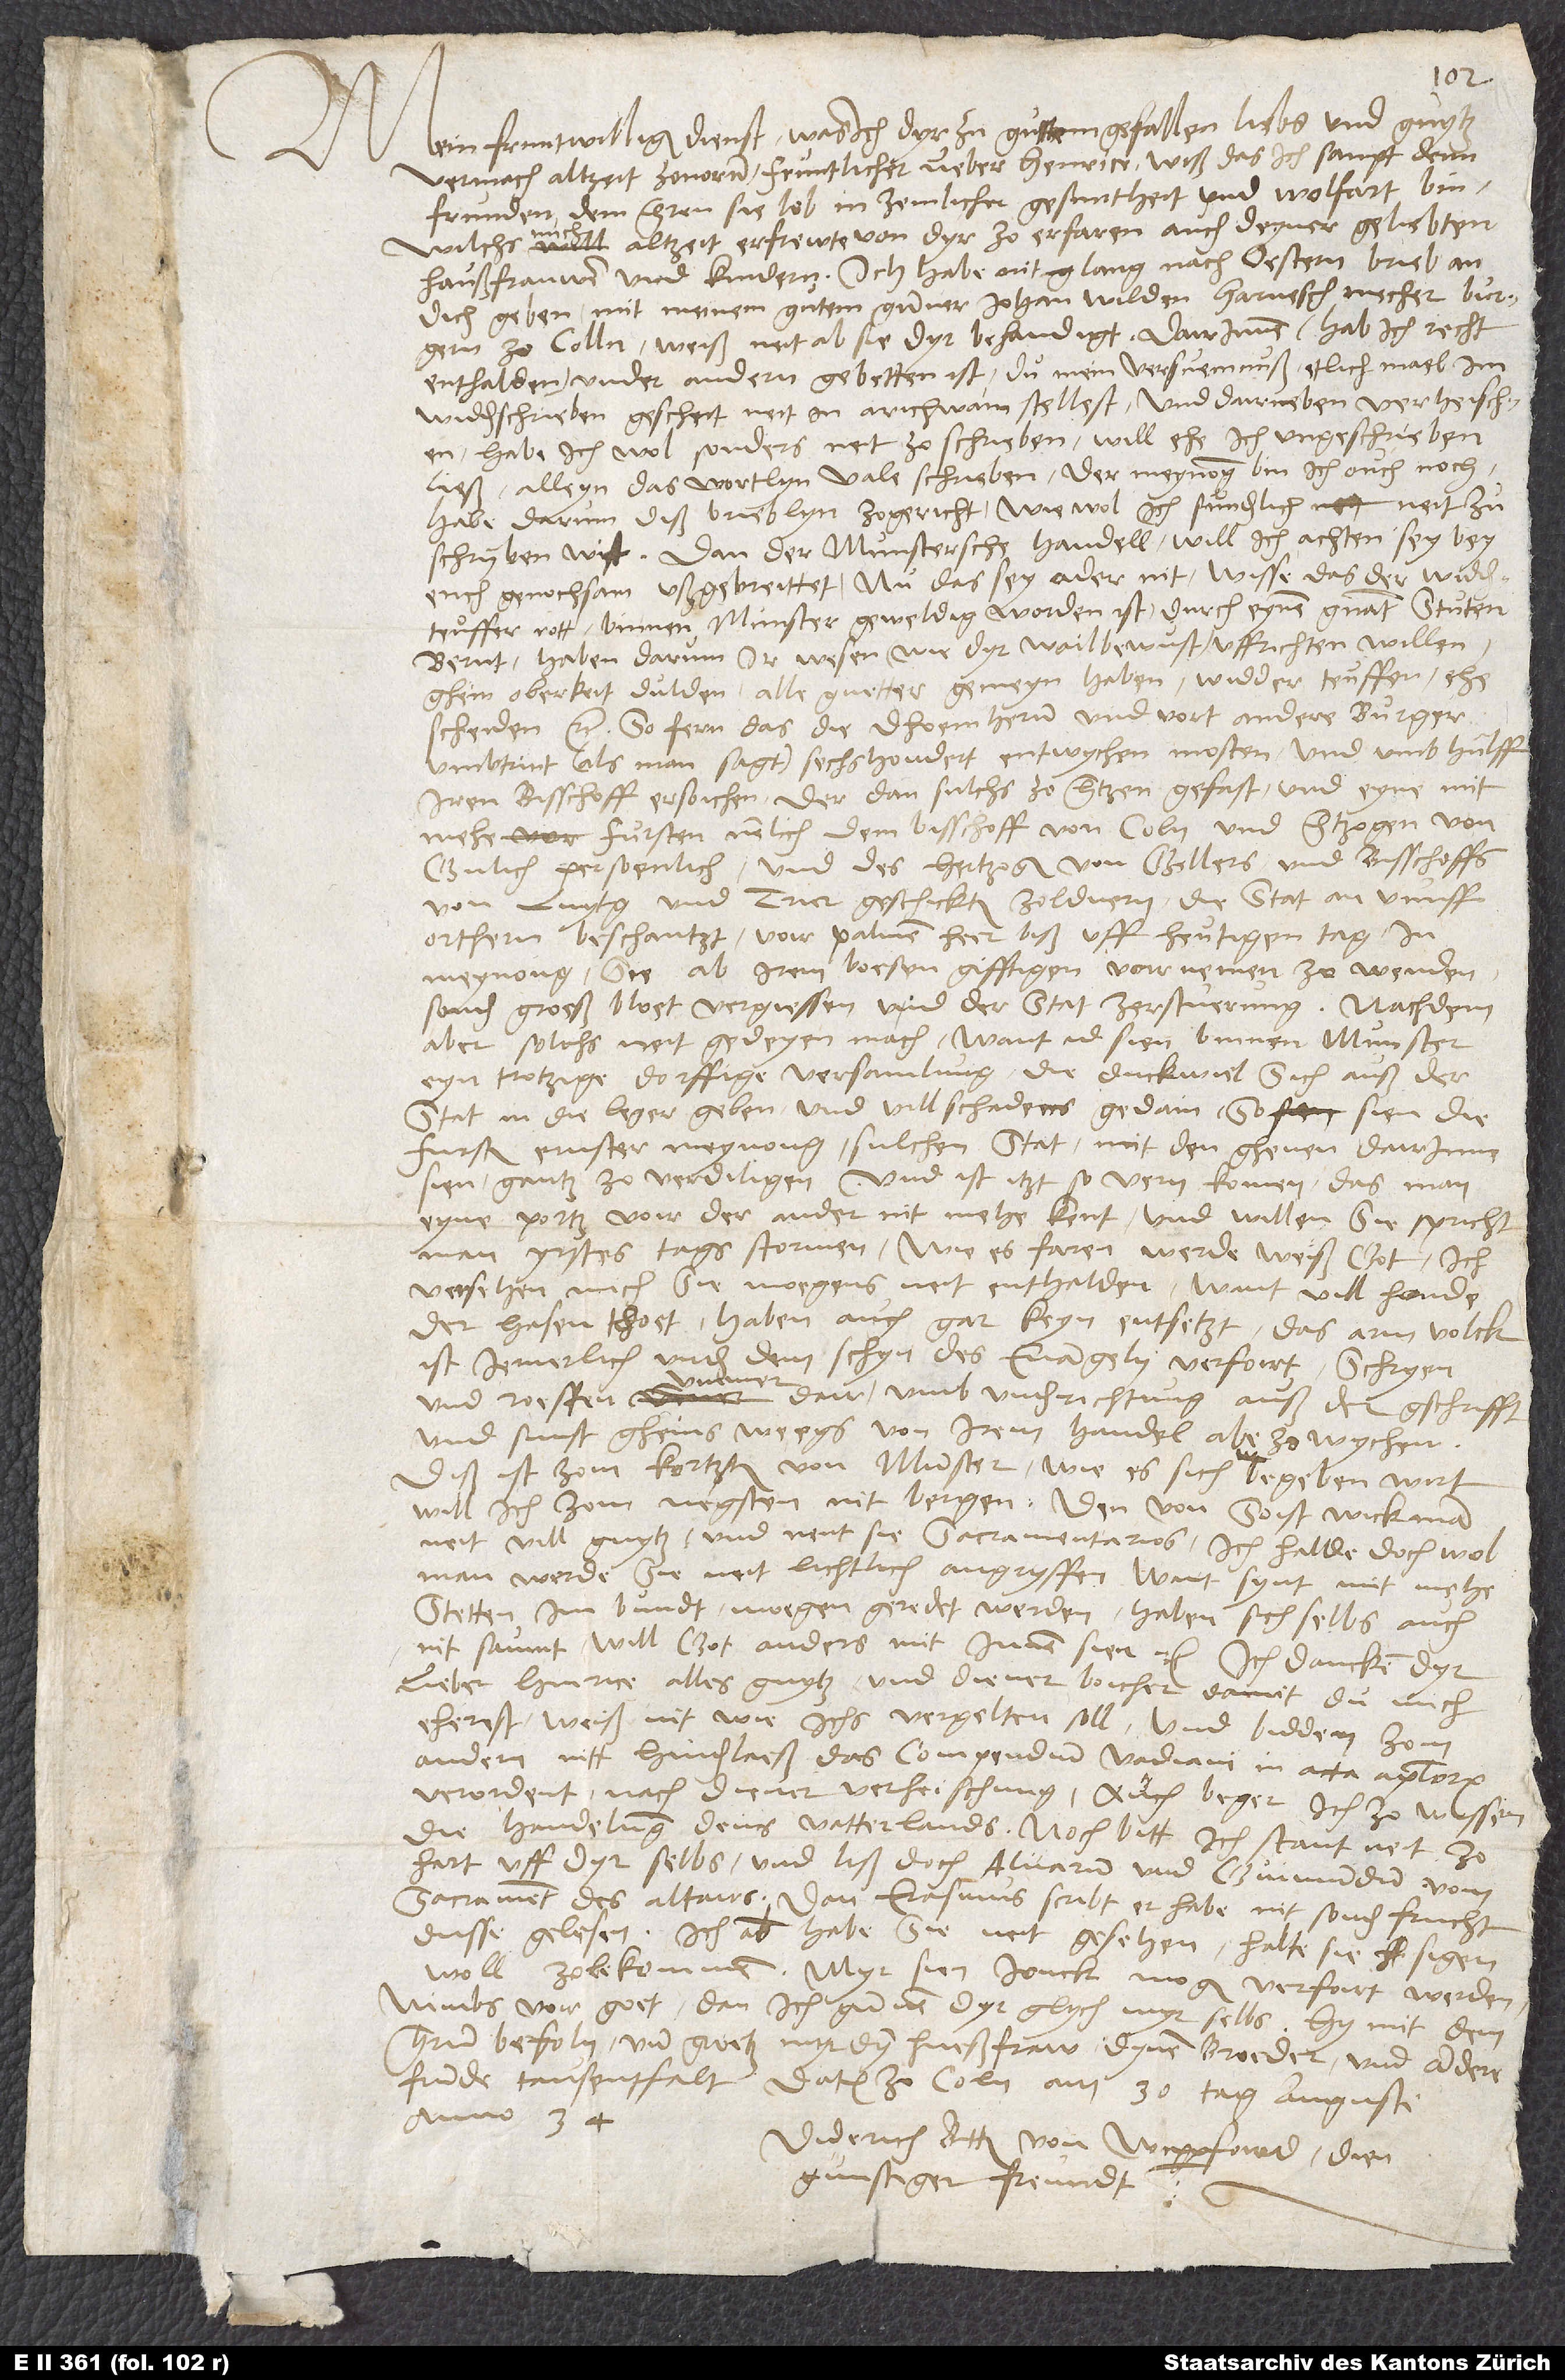
Mein fruntwilliger dienst, was ich dyr zu gutem gefallen liebs und guytz
vermach, altzeit zovorn, fruntlicher lieber Henrice. Wiß, das ich sampt denn
frunden, dem heren sie lob, in zemlicher gesuntheit und wolfart bin,
mich altzeit erfrewte von dyr zo erfaren, auch deyner geliebten
haußfrauwen und kindern. Ich habe nit lang nach oestern brieb an
dich geben mit meinem gutem gunner Johan Wilden, harneschmecher, burgern
zo Colln. Weiß neit, ab sie dyr behandigt. Dairinnen (hab ich recht
enthalden) under andern gebetten ist, du mein versuemnuß, etlich mael im
widderschrieben gescheit, neit in arichwain stellest, und dairneben verheischen:
Habe ich wol sonders neit zo schrieben, will, ehe ich ungeschrieben
ließ, alleyn das wortlyn vale schrieben. Der meynong bin ich ouch noch.
Habe darum diß brieblyn zogericht, wiewol ich sunderlich neit zu
schryben wist. Dan der Munstersche handel, will ich achten, sey bey
euch genochsam ußgebreittet. Nu das sey oder nit, wisse, das der widderteuffer
rott binnen Munster geweldig worden ist durch eynen genant Stuten
Bernt. Haben darum ir wesen (wie dyr wail bewust) uffrichten willen,
ghein oberkeit dulden, alle guetter gemeyn haben, widderteuffen,
ehescheiden etc. So fern das die dhoemhern und vort andere burger,
umbtrint (als man sagt) sechshondert, entwychen mosten und umb hulff
iren bisschoff ersoichen, der dan sulchs zo hertzen gefast und eyne mit
mehr fursten, nemlich dem bisschoff von Coln und hertzogen von
Gulich persoenlich und des hertzogen von Gellers und bisschoffs
von Luytg und Trier geschickten zoldnern die stat an vunff
orthern beschantzt, voir palmen heer biß uff heutigen tag, in
meynong, sie ab irem boesen, gifftigen voirnemen zo wenden
sonder groeß bloetvergiessen und der stat zerstuerung. Nachdem
aber solchs neit gedeyen mach, want id sien binnen Munster
eyn trotzige, dorffige versamlung, die dickwiel sich auß der
stat in die leger geben und vill schadens gedain, so sien die
fursten ernster meynong, sulchen stat mit den ghenen dairinne
sien gantz zo verdiligen. Und ist itzt so vern komen, das man
eyne portz voir der ander nit mehe kent. Und willen sie, spricht
man, yrstes tags stormen. Wie es faren werde, weiß got. Ich
versehen mich, sie moegens neit enthalden, want vill honde
der hasen thoet, haben auch gar keyn entsetzt. Das arm volck
ist jemerlich under dem schyn des evangelii verfoirt. Schryen
und roeffen ummerdair umb underrichtung auß der gschrifft,
und sunst gheins weegs von irem handel abezowychen.
Diß ist zom kortzten von Munster. Wie es sich begeben wirt,
will ich zom negsten nit bergen. Den von Soist wick man
neit vill guytz und nent sie sacramentarios. Ich halde doch wol,
man werde sie neit lichtlich angryffen, want synt mit mehe
stetten im bundt; moegen geredet werden. Haben sich selbs auch
nit saumt, will got anders mit innen sien etc. Ich dancken dyr,
lieber Henrice, alles guytz und diener boicher, damit du mich
eherest. Weiß nit, wie ichs vergelten soll, und bidden zom
andern, nitt hinderlaeß das compendium Vadiani in acta apostolorum
verordent nach diener verheischung. Auch beger ich zo wissen
die handelung deins vatterlands. Noch bitt ich: Stant neit zo
hart uff dyr selbs, und liß doch Alvarum und Guimundurn vom
Sacrament des altairs. Dan Erasmus scribt , er habe nit sonder frucht
dusse gelesen. Ich aber habe sie neit gesehen, halte, sie sigen
woll zo bekommen. Myr sien jonck, mogen verfoirt werden.
Nimbs voir goet, dan ich gunnen dyr glych myr selbs. Hymit dem
hern befoln, und groetz myr dyn hueßfraw, dynen broeder und andere
frunde tausentfalt. Datum zo Coln, am 30. tag augusti
anno 34.
Diderich Bitter von Wipperfoird, dien
gunstiger freundt.